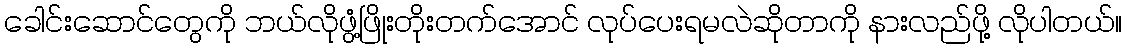
ခေါင်းဆောင်တွေကို ဘယ်လိုဖွံ့ဖြိုးတိုးတက်အောင် လုပ်ပေးရမလဲဆိုတာကို နားလည်ဖို့ လိုပါတယ်။